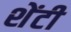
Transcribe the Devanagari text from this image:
शेंटी